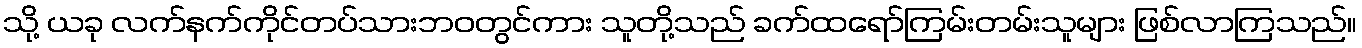
သို့ ယခု လက်နက်ကိုင်တပ်သားဘဝတွင်ကား သူတို့သည် ခက်ထရော်ကြမ်းတမ်းသူများ ဖြစ်လာကြသည်။